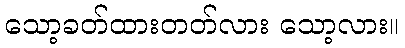
သော့ခတ်ထားတတ်လား သော့လား။